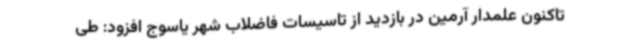
تاکنون علمدار آرمین در بازدید از تاسیسات فاضلاب شهر یاسوج افزود: طی